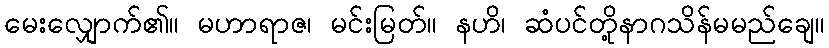
မေးလျှောက်၏။ မဟာရာဇ၊ မင်းမြတ်။ နဟိ၊ ဆံပင်တို့နာဂသိန်မမည်ချေ။